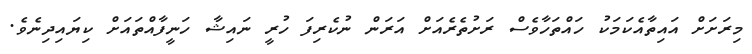
މިރަށަށް އައިތާއެކަމަކު ހައްތަހާވެސް ރަށުތެރެއަށް އަރަން ނުކެރިފަ ހުރީ ނައިޝާ ހަނީފާއްތައަށް ކިޔައިދިނެވެ.